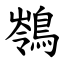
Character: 䳥